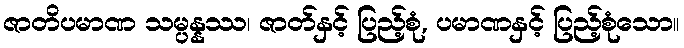
ဇာတိပမာဏ သမ္ပန္နဿ၊ ဇာတ်နှင့် ပြည့်စုံ, ပမာဏနှင့် ပြည့်စုံသော။